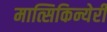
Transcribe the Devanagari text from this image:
मात्सिकिन्येरी